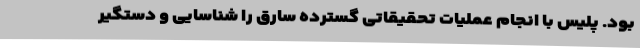
بود. پلیس با انجام عملیات تحقیقاتی گسترده سارق را شناسایی و دستگیر